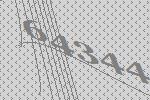
64344